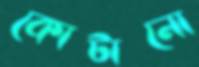
কোটানো